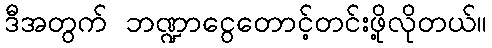
ဒီအတွက် ဘဏ္ဍာငွေတောင့်တင်းဖို့လိုတယ်။